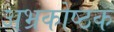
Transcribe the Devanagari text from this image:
अभ्रकोष्ठक